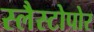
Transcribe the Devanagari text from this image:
स्लैस्टोपोर